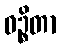
ဝဉ္စိတာ